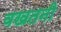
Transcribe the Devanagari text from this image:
वखतनी